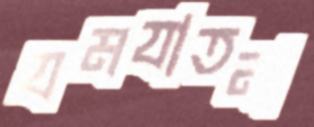
যমযাতনা